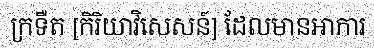
ក្រទឺត [កិរិយាវិសេសន៍] ដែលមានអាការ